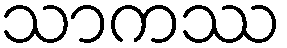
သာကဿ